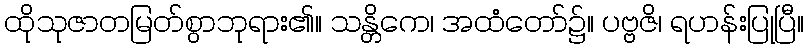
ထိုသုဇာတမြတ်စွာဘုရား၏။ သန္တိကေ၊ အထံတော်၌။ ပဗ္ဗဇိ၊ ရဟန်းပြုပြီ။